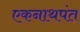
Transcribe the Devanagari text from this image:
एकनाथपंत